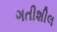
ગતીશીલ